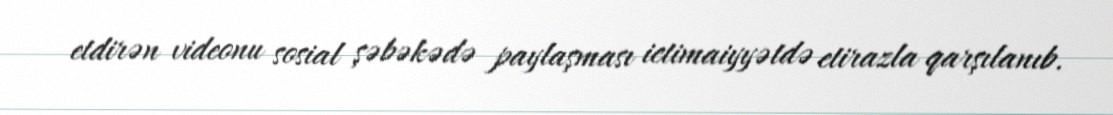
etdirən videonu sosial şəbəkədə paylaşması ictimaiyyətdə etirazla qarşılanıb.